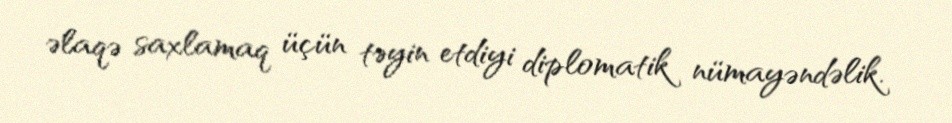
əlaqə saxlamaq üçün təyin etdiyi diplomatik nümayəndəlik.